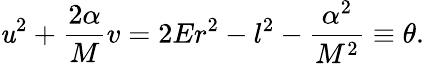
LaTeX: \mathit{u}^{2}+\frac{{2\alpha}}{{M}}v=2Er^{2}-l^{2}-\frac{{\alpha^{2}}}{{M^{2}}}\equiv\theta.